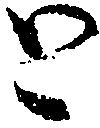
と